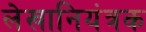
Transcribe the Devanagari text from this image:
लेखानियंत्रक